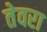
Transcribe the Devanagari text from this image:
तेवरा